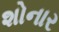
શોનાર